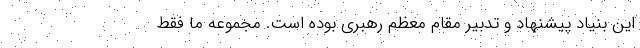
این بنیاد پیشنهاد و تدبیر مقام معظم رهبری بوده است. مجموعه ما فقط